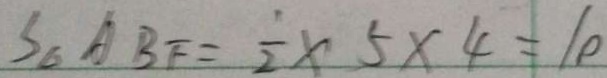
S _ { \Delta } A B F = \frac { 1 } { 2 } \times 5 \times 4 = 1 0